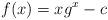
LaTeX: \begin{align*}f(x)=xg^x-c\end{align*}